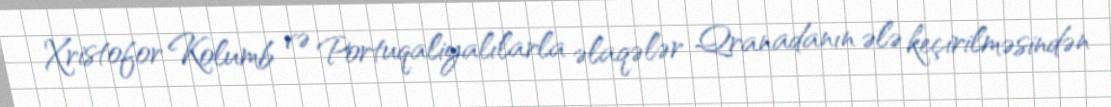
Xristofor Kolumb və Portuqaliyalılarla əlaqələr Qranadanın ələ keçirilməsindən